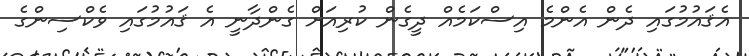
އެޤައުމުގައި ދެން އެންމެ އިސްކަމެއް ދީގެން ކުރިއަށް ގެންދާނީ އެ ޤައުމުގައި ވެކްސިންގެ